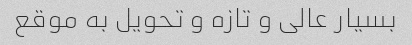
بسیار عالی و تازه و تحویل به موقع